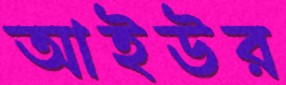
আইউর